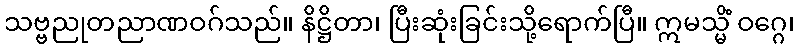
သဗ္ဗညုတညာဏဝဂ်သည်။ နိဋ္ဌိတာ၊ ပြီးဆုံးခြင်းသို့ရောက်ပြီ။ ဣမသ္မိံ ဝဂ္ဂေ၊